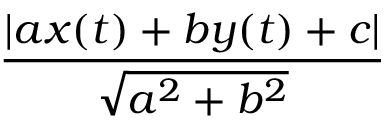
\frac { | a x ( t ) + b y ( t ) + c | } { \sqrt { a ^ { 2 } + b ^ { 2 } } }